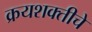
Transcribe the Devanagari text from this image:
क्रयशक्तीचे